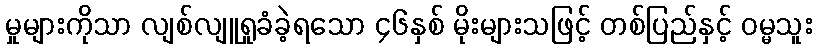
မှုများကိုသာ လျစ်လျူရှုခံခဲ့ရသော ၄၆နှစ် မိုးများသဖြင့် တစ်ပြည်နှင့် ဝမ္မသူး